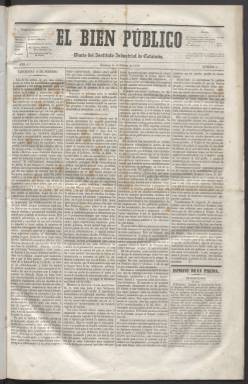
Título: El Bien público (Barcelona)
Colección: Periódicos || Economía
Ámbito geográfico: Barcelona
Lugar de publicación: Barcelona
Fechas: 11/02/1849-16/09/1850